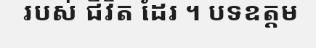
របស់ ជីវិត ដែរ ។ បទឧត្តម